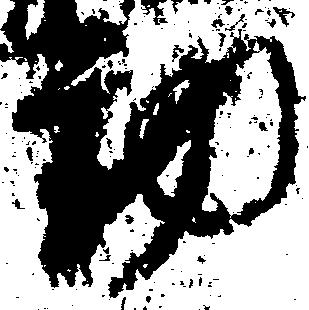
動